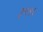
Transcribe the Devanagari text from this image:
३५५६